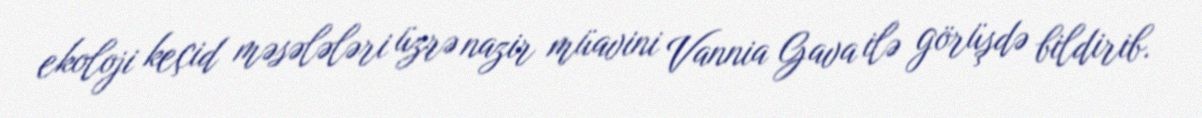
ekoloji keçid məsələləri üzrə nazir müavini Vannia Gava ilə görüşdə bildirib.